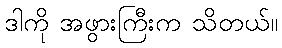
ဒါကို အဖွားကြီးက သိတယ်။